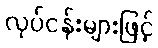
လုပ်ငန်းများဖြင့်